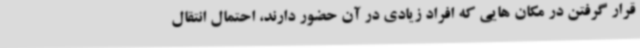
قرار گرفتن در مکان هایی که افراد زیادی در آن حضور دارند، احتمال انتقال